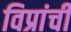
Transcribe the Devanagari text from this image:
विप्रांची